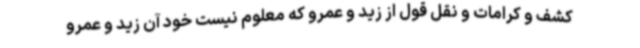
کشف و کرامات و نقل قول از زید و عمرو که معلوم نیست خود آن زید و عمرو